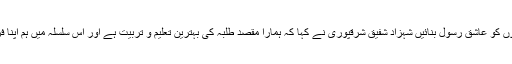
انہوں نے کہا کہ ہم سب کا فرض ہے کہ ہم بچوں کو عاشق رسول بنائیں شہزاد شفیق شرقپوری نے کہا کہ ہمارا مقصد طلبہ کی بہترین تعلیم و تربیت ہے اور اس سلسلہ میں ہم اپنا فریضہ احسن طریقہ سے سرانجام دے رہے ہیں۔